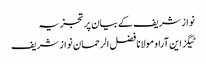
نواز شریف کے بیان پر تجزیہ
ٹیگز این آراو مولانا فضل الرحمان نواز شریف